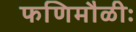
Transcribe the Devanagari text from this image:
फणिमौळीः